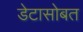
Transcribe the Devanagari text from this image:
डेटासोबत